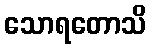
သောရတောသိ